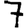
Digit: 7